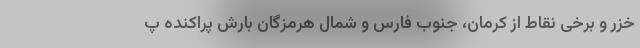
خزر و برخی نقاط از کرمان، جنوب فارس و شمال هرمزگان بارش پراکنده پ